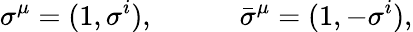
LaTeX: \sigma^{\mu}=(1,\sigma^{i}),\quad\quad\quad\bar{\sigma}^{\mu}=(1,-\sigma^{i}),